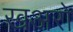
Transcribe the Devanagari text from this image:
खअरो